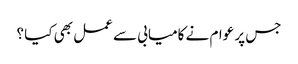
جس پر عوام نے کامیابی سے عمل بھی کیا ؟